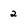
Character: 2